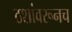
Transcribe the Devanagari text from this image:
ठशांवरूनच